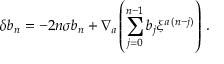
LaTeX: \delta b _ { n } = - 2 n \sigma b _ { n } + \nabla _ { a } \left( \sum _ { j = 0 } ^ { n - 1 } b _ { j } \xi ^ { a \, ( n - j ) } \right) \, .